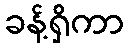
ခန့်ရှိကာ